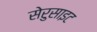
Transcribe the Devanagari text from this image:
सेरुसाइट